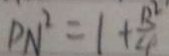
D N ^ { 2 } = 1 + \frac { 1 3 ^ { 2 } } { 4 }